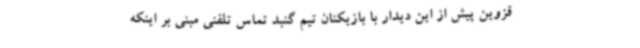
قزوین پیش از این دیدار با بازیکنان تیم ‌گنبد تماس تلفنی مبنی بر اینکه